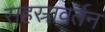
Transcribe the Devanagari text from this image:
सहस्रावर्तन